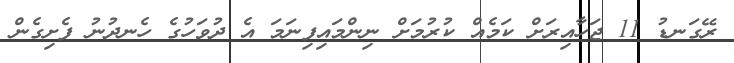
ރޭގަނޑު 11 ޖަހާއިރަށް ކަމެއް ކުރުމަށް ނިންމައިފިނަމަ އެ ދުވަހުގެ ހެނދުނު ފެށިގެން